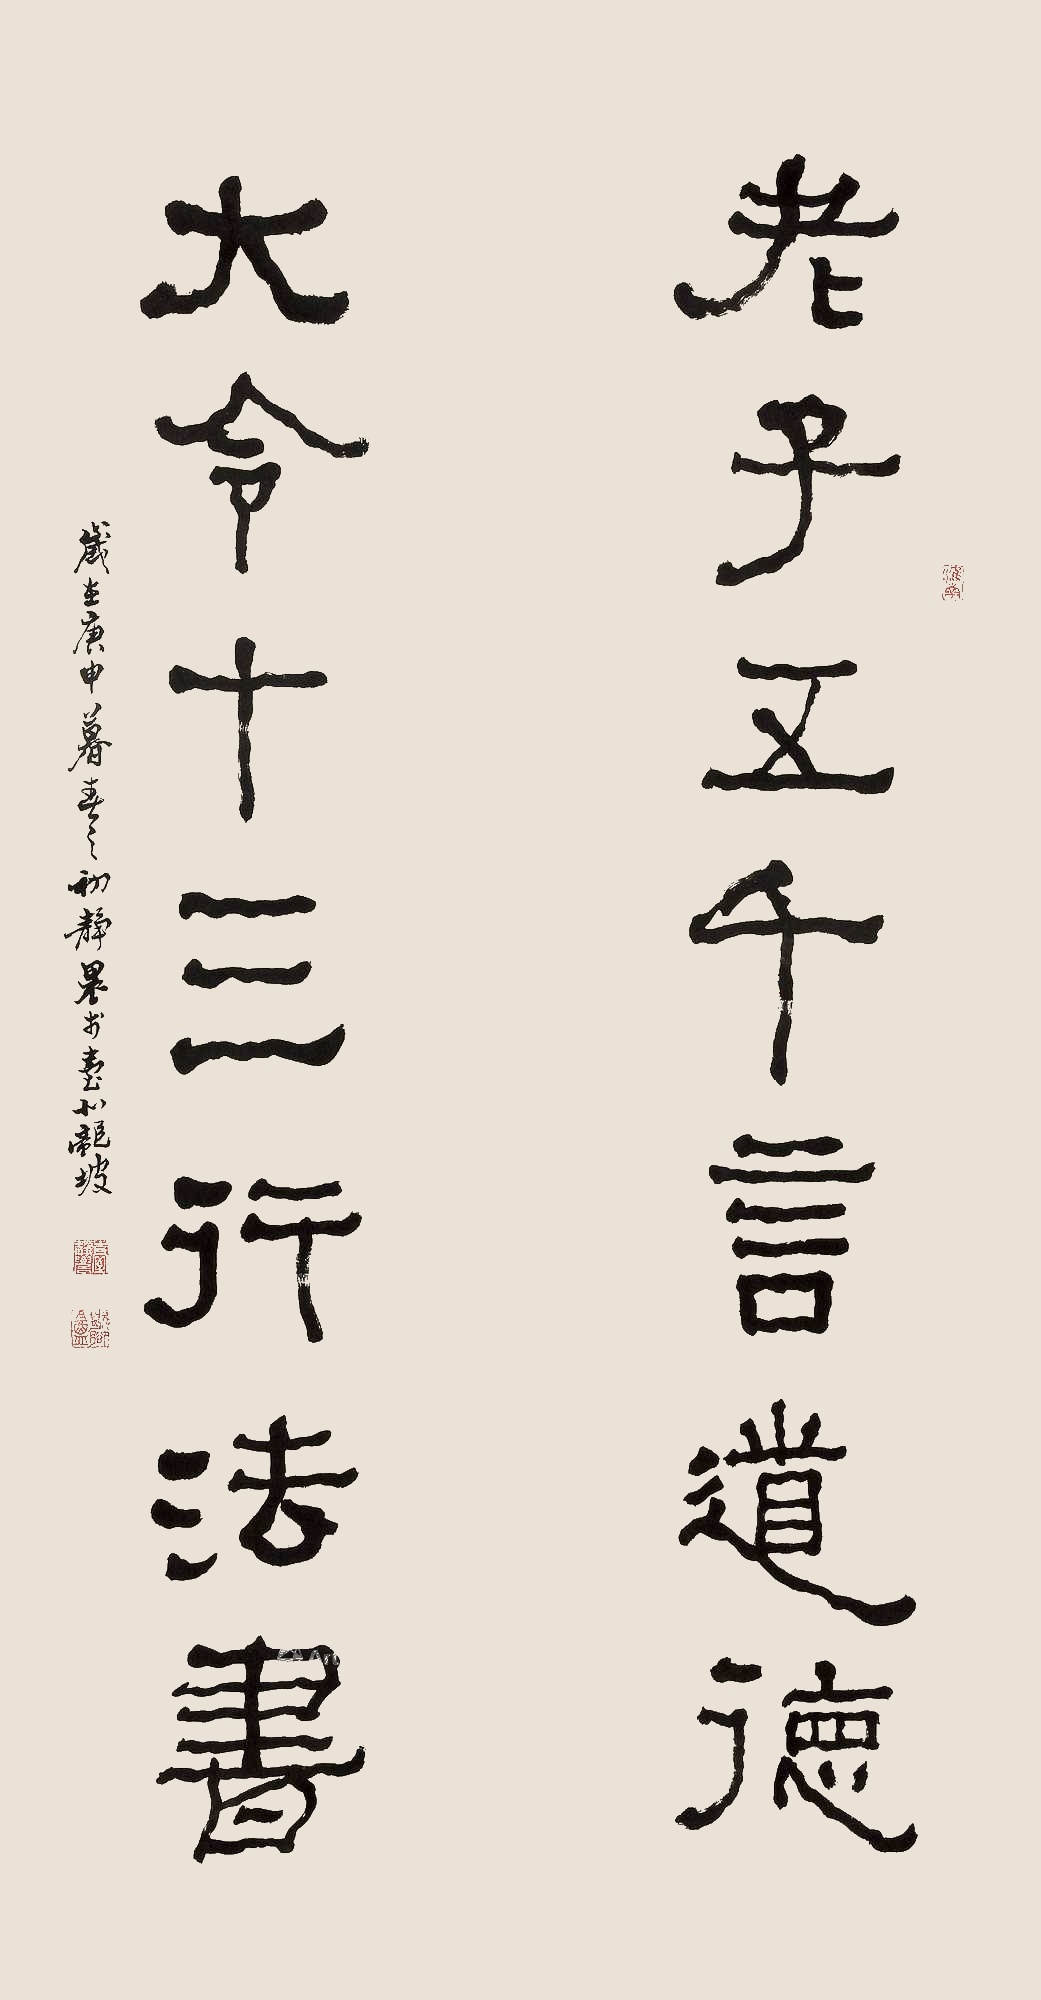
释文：老子五千言道德，大令十三行法书。岁在庚申暮春初，静农书于台北龙坡。